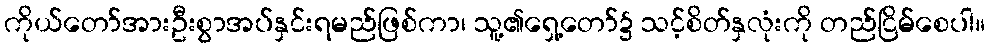
ကိုယ်တော်အားဦးစွာအပ်နှင်းရမည်ဖြစ်ကာ၊ သူ့၏ရှေ့တော်၌ သင့်စိတ်နှလုံးကို တည်ငြိမ်စေပါ။